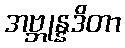
အဗ္ဘုန္နဒိတာ